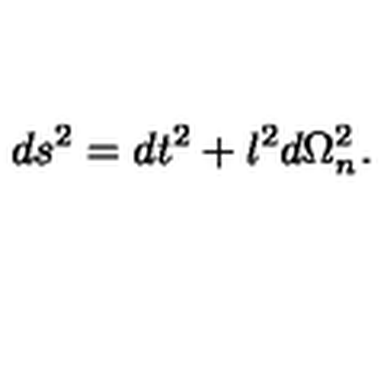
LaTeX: d s ^ { 2 } = d t ^ { 2 } + l ^ { 2 } d \Omega _ { n } ^ { 2 } .